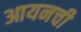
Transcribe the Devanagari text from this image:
आयनची